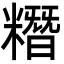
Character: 糣